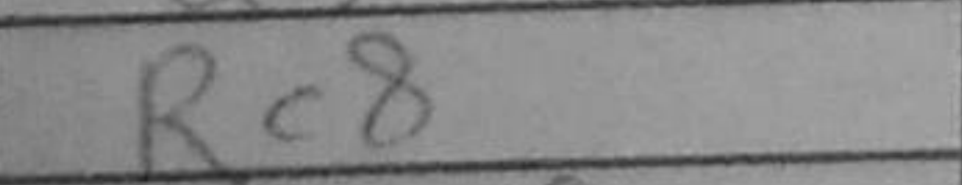
Transcription: Rc8